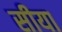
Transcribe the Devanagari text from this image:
सीया